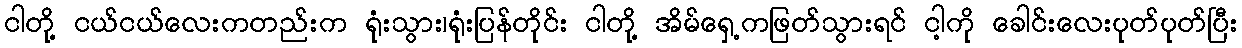
ငါတို့ ငယ်ငယ်လေးကတည်းက ရုံးသွား၊ရုံးပြန်တိုင်း ငါတို့ အိမ်ရှေ့ကဖြတ်သွားရင် ငါ့ကို ခေါင်းလေးပုတ်ပုတ်ပြီး